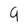
Character: 9